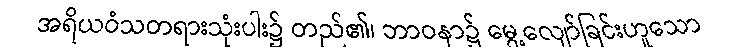
အရိယဝံသတရားသုံးပါး၌ တည်၏၊ ဘာဝနာ၌ မွေ့လျော်ခြင်းဟူသော